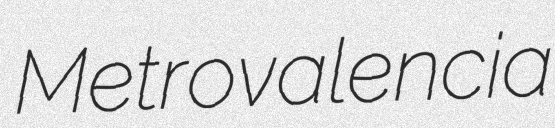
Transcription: Metrovalencia